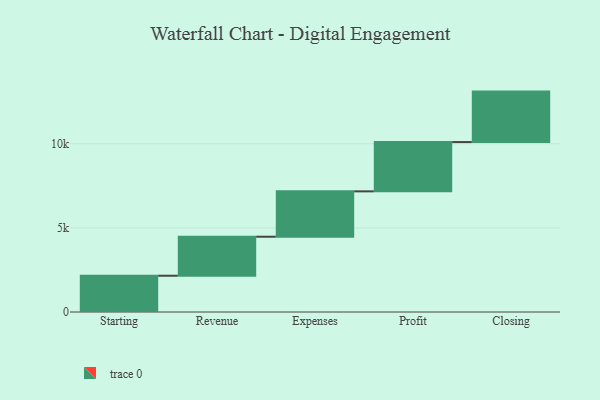
{"axis": {"x": "Step", "y": "Value"}, "legend": [""], "data": [{"x": "Starting", "y": 2156.0, "type": ""}, {"x": "Revenue", "y": 2319.0, "type": ""}, {"x": "Expenses", "y": 2697.0, "type": ""}, {"x": "Profit", "y": 2930.0, "type": ""}, {"x": "Closing", "y": 3000, "type": ""}]}